Vaccination in Bombay 1889-1901 - 1889-1901
Year: 1889
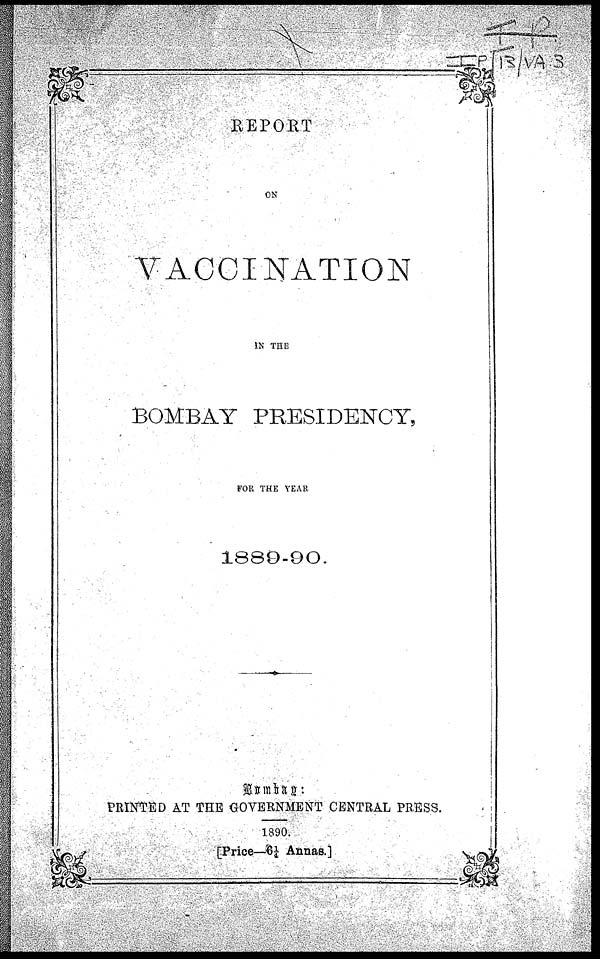
REPORT
ON
VACCINATION
IN THE
BOMBAY PRESIDENCY,
FOR THE YEAR
1889-90.
Bombay:
PRINTED AT THE GOVERNMENT CENTRAL PRESS.
1890.
[Price—6¼ Annas.]